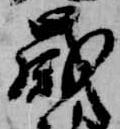
歳